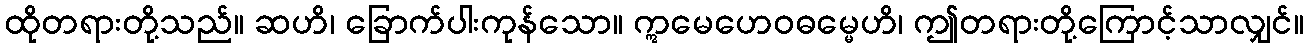
ထိုတရားတို့သည်။ ဆဟိ၊ ခြောက်ပါးကုန်သော။ ဣမေဟေဝဓမ္မေဟိ၊ ဤတရားတို့ကြောင့်သာလျှင်။